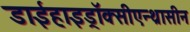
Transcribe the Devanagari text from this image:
डाईहाइड्रॉक्सीएन्थ्रासीन